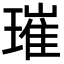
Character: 璀